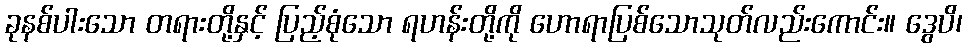
ခုနစ်ပါးသော တရားတို့နှင့် ပြည့်စုံသော ရဟန်းတို့ကို ဟောရာပြစ်သောသုတ်လည်းကောင်း။ ဒွေပိ၊